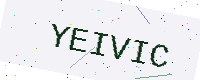
Text: YEIVIC